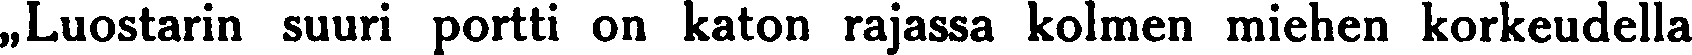
,,Luostarin suuri portti on katon rajassa kolmen miehen korkeudella